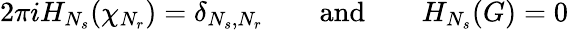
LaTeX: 2\pi iH_{N_{s}}(\chi_{N_{r}})=\delta_{N_{s},N_{r}}\qquad\mathrm{{and}}\qquad H_{N_{s}}(G)=0